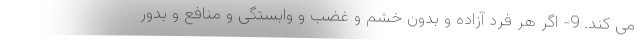
می کند. 9- اگر هر فرد آزاده و بدون خشم و غضب و وابستگی و منافع و بدور